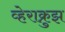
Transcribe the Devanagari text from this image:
व्हेराक्रुझ